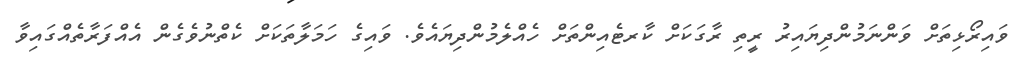
ވައިރޯޅިތަށް ވަންނަމުންދިޔައިރު ރީތި ރާގަކަށް ކާރޓެއިންތަށް ހެއްލެމުންދިޔައެވެ. ވައިގެ ހަމަލާތަކަށް ކެތްނުވެގެން އެއްފަރާތެއްގައިވާ